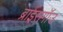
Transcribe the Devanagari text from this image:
ब्राइसगॉउ